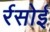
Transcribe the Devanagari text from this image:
र्रसोई